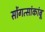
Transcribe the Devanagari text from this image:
सोंगत्सांकांबू